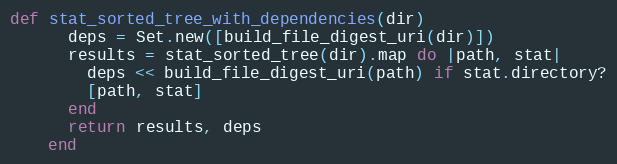
Language: Ruby
def stat_sorted_tree_with_dependencies(dir)
      deps = Set.new([build_file_digest_uri(dir)])
      results = stat_sorted_tree(dir).map do |path, stat|
        deps << build_file_digest_uri(path) if stat.directory?
        [path, stat]
      end
      return results, deps
    end